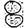
Digit: 8